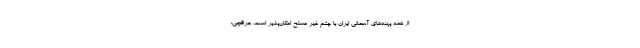
از همه پهنه‌های آسمانی ایران با چشم غیر مسلح امکان‌پذیر است. عراقچی: